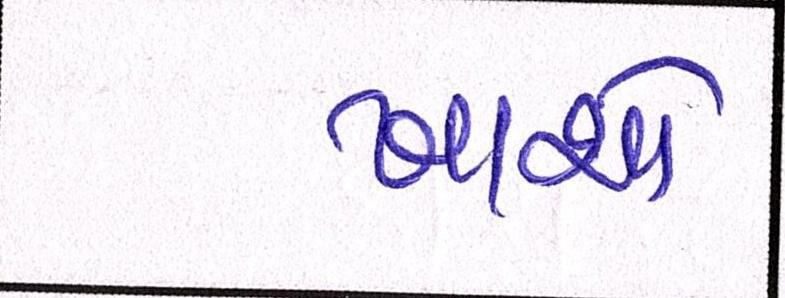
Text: ખાશો